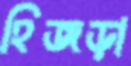
হিজড়া